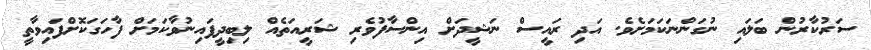
ސަރުކާރުން ބަލައި ނުގަންނަކަމަށެވެ. އަދި ރައީސް ނަޝީދަށް އިންސާފުވެރި ޝަރީއަތެއް ލިބިދީފައިނުވާކަމަށް ފާހަގަކޮށްފައިވާތީ